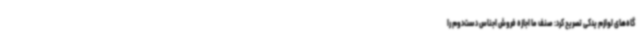
گاه‌های لوازم یدکی تصریح کرد: صنف ما اجازه فروش اجناس دست‌دوم را